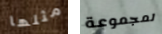
مثلها لمجموعة